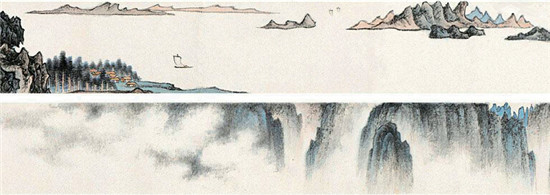
惆怅南朝事，长江独至今。